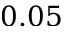
0 . 0 5